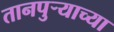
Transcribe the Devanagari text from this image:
तानपुऱ्याच्या